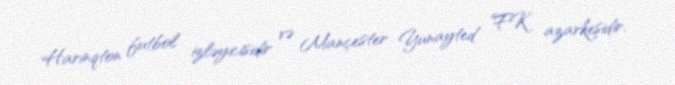
Harinqton futbol izləyicisidir və Mançester Yunayted FK azarkeşidir.